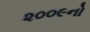
૨૦૦૯નો